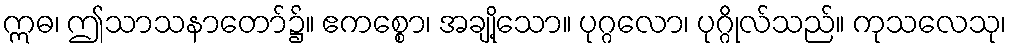
ဣဓ၊ ဤသာသနာတော်၌။ ဧကစ္စော၊ အချို့သော။ ပုဂ္ဂလော၊ ပုဂ္ဂိုလ်သည်။ ကုသလေသု၊